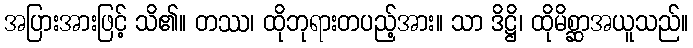
အပြားအားဖြင့် သိ၏။ တဿ၊ ထိုဘုရားတပည့်အား။ သာ ဒိဋ္ဌိ၊ ထိုမိစ္ဆာအယူသည်။